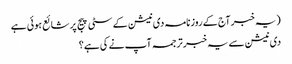
(یہ خبر آج کے روزنامہ دی نیشن کے سٹی پیج پر شائع ہوئی ہے
دی نیشن سے یہ خبر ترجمہ آپ نے کی ہے؟